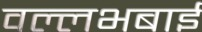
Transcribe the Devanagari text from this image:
वल्लभबाई